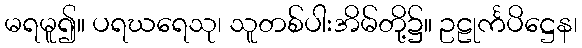
မရမူ၍။ ပရဃရေသု၊ သူတစ်ပါးအိမ်တို့၌။ ဥဠုင်္ကပိဋ္ဌေန၊